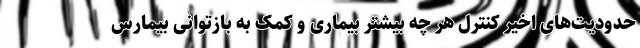
حدودیت‌های اخیر کنترل هر چه بیشتر بیماری و کمک به بازتوانی بیمارس